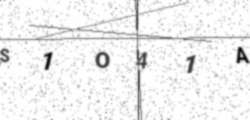
Text: S1O41A